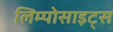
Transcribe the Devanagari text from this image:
लिम्पोसाइट्स